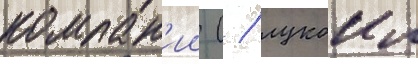
компан'ии ( / лукоил